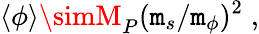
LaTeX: \langle\phi\rangle\simM_{P}(\mathtt{m}_{s}/\mathtt{m}_{\phi})^{2}\; ,